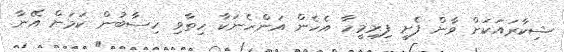
ޝިކާރައަކަށް ވާން ފެށީ ފިރިމީހާ އެހެން އަންހެނަކާ ހިތާވި ހިސާބުން ކަމަށް އޭނާ